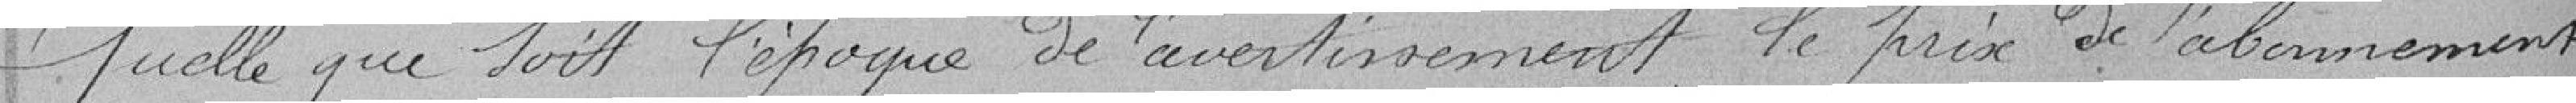
quelle que soit l'époque de l'avertissement, le prix de l'abonnement